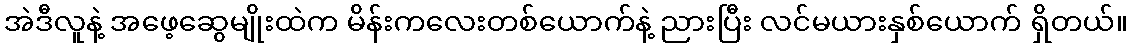
အဲဒီလူနဲ့ အဖေ့ဆွေမျိုးထဲက မိန်းကလေးတစ်ယောက်နဲ့ ညားပြီး လင်မယားနှစ်ယောက် ရှိတယ်။